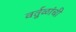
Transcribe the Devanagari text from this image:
वर्तुळांची